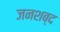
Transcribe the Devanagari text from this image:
जनशब्द